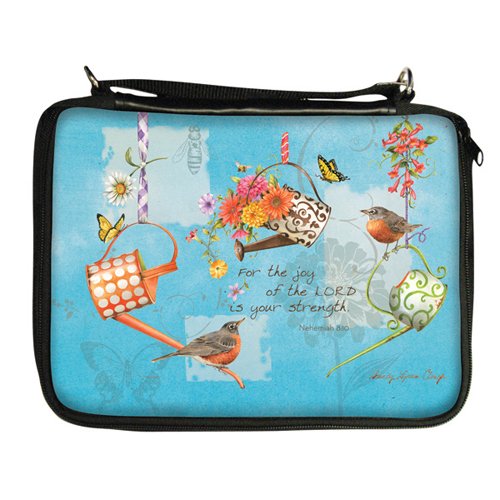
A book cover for Flower Power Bible Cover; Charis Gifts; Christian Books & Bibles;